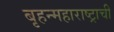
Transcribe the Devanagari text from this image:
बृहन्महाराष्ट्राची